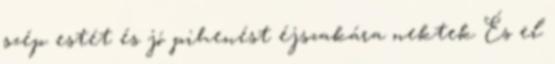
szép estét és jó pihenést éjszakára nektek És el